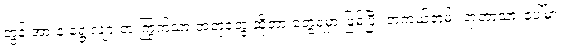
တွန်းအားနဲ့ ရွေ့လျားတဲ့ ကြွက်သားအတုတွေ ဆိုတာ တွေ့ရမှာ ဖြစ်ပြီး တကယ်တမ်း ရာဘာသားပေါ်မှာ